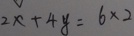
2 x + 4 y = 6 \times 2